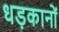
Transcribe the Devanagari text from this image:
धड़कानों